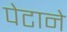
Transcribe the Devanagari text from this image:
पेटाने